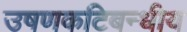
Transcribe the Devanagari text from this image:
उषणकटिबन्धीय